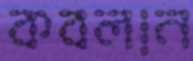
কবলান